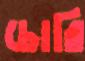
চোরি